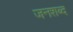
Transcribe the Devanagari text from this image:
जनशब्द